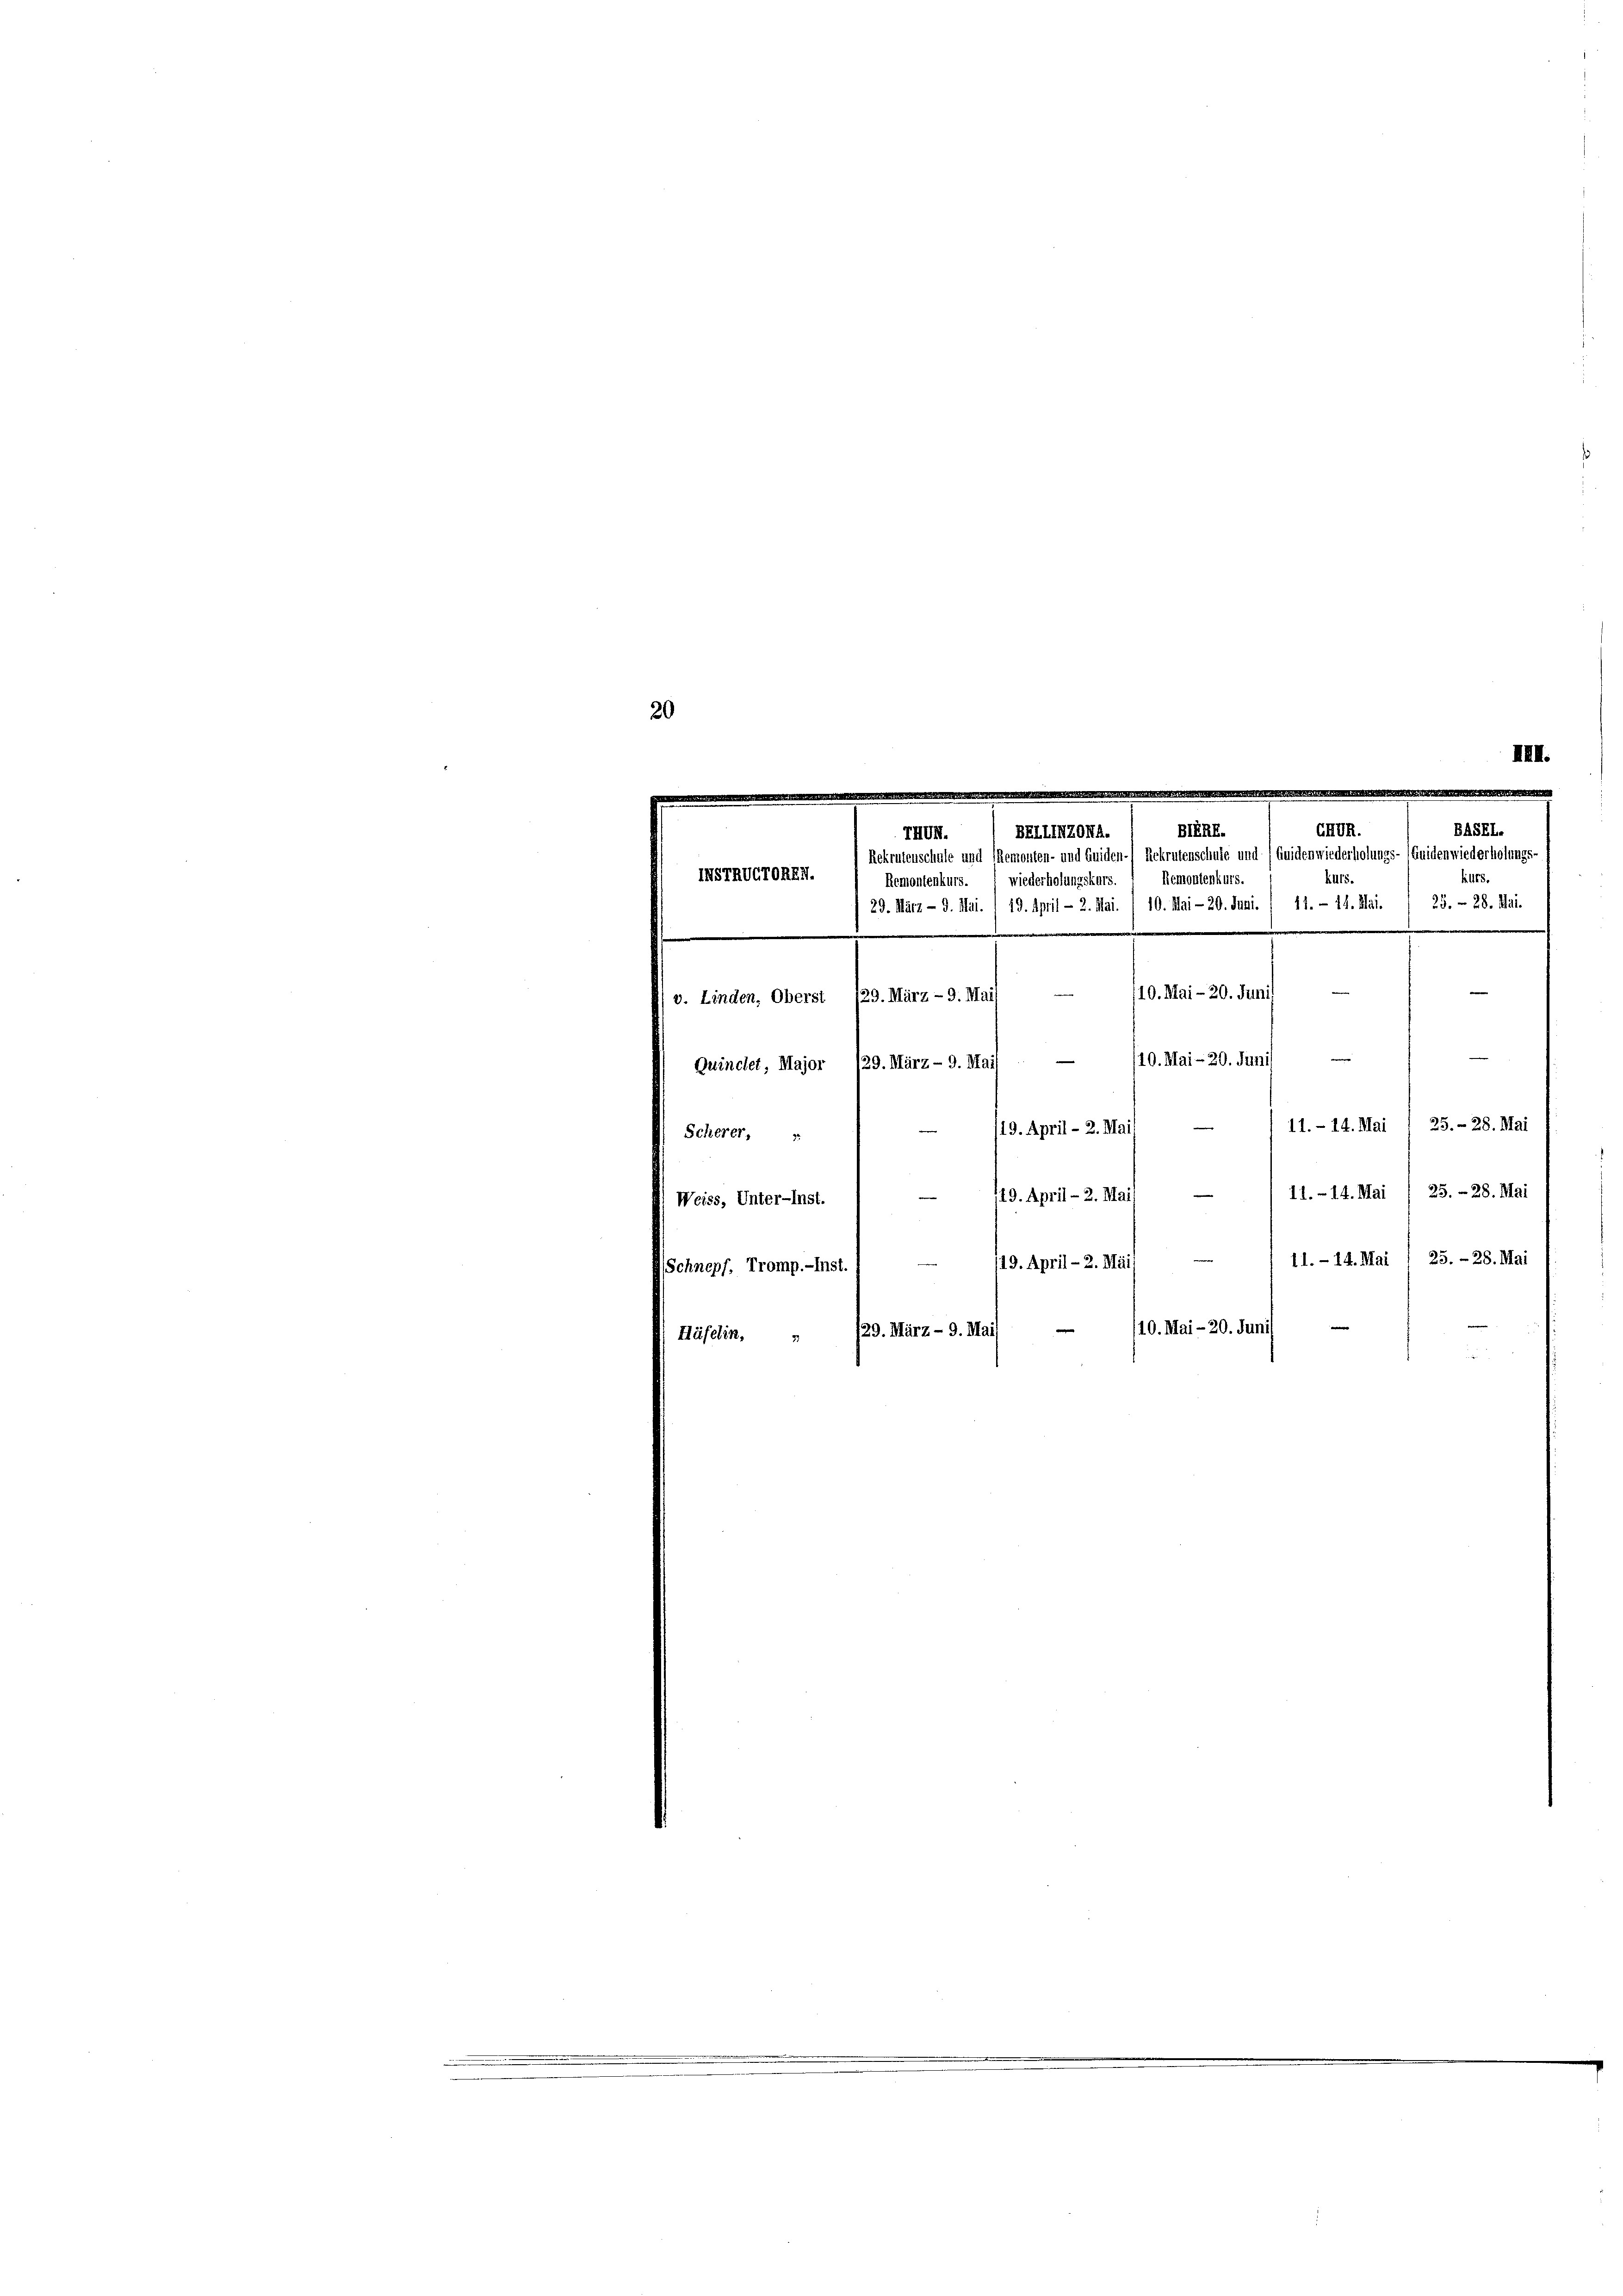
20

8.

GRDR.
BERE.
BEIIINZONA.
THUN.
Rekrutenschule und Tremonten- und Guiden- Rekrutenschule und (Quidenwiederholungs- (Guidenwiederholungs-
INSTRVGTOREN.
Remontenkurs.
1115
Remontenkurs. wiederholungskurs.
10. Mai - 20. Juni
m
129. März - 9. Mai
Linden, Oberst
2
e
10. Mai - 20. Juni
—
29. März - 9. Mail
Quinchet, Major
11.- 14. Mai / 25. - 28. Mai
19. April - 2. Mai
Scherer, v
11.- 14. Mai / 25. - 28. Mai
119. April - 2. Mai
Weiss, Unter-Inst.
11.- 14. Mai 1 25. - 28. Mai
119. April - 2. Mais
chnopf, Tromp.-Inst. I
/10. Mai - 20. Junis
29. März - 9. Mai/
äfelin,

29. März - 9. Mai. /19. April - 2. Mai. / 10. Mai-20. Juni. / 41. - 14. Mai.

BASEL.
165.
25. 28. Mai.